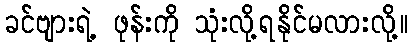
ခင်ဗျားရဲ့ ဖုန်းကို သုံးလို့ရနိုင်မလားလို့။